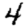
Digit: 4